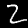
Digit: 2